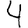
Digit: 4